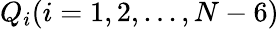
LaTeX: Q_{i}(i=1,2,...,N-6)